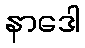
နာဒေါ